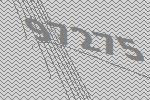
97275